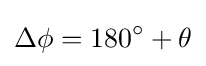
\Delta \phi =180^{\circ }+\theta